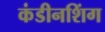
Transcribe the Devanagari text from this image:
कंडीनशिंग